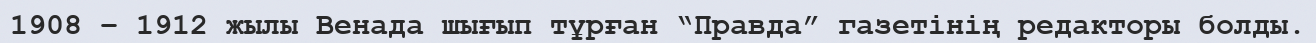
1908 – 1912 жылы Венада шығып тұрған “Правда” газетінің редакторы болды.